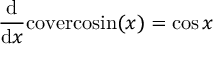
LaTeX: { \frac { \mathrm { d } } { \mathrm { d } x } } \mathrm { c o v e r c o s i n } ( x ) = \cos { x }